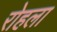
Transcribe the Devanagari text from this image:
रोहला